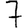
Digit: 7